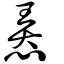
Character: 𢚸